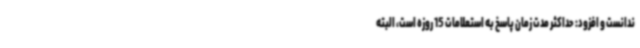
ندانست و افزود: حداکثر مدت زمان پاسخ به استعلامات 15 روزه است، البته